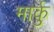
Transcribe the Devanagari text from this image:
मार्कु